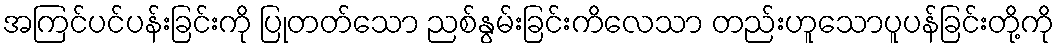
အကြင်ပင်ပန်းခြင်းကို ပြုတတ်သော ညစ်နွမ်းခြင်းကိလေသာ တည်းဟူသောပူပန်ခြင်းတို့ကို